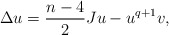
\begin{align*}\Delta u=\frac{n-4}{2}Ju-u^{q+1}v, \end{align*}